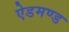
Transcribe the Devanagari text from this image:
ऐडमण्ड